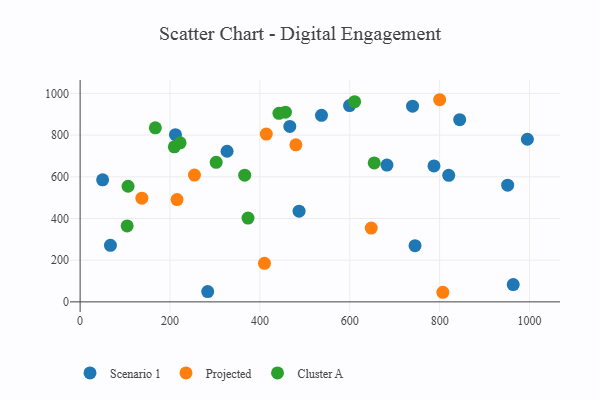
{"axis": {"x": "Distance", "y": "Profit"}, "legend": ["Cluster A", "Projected", "Scenario 1"], "data": [{"x": "820.2", "y": 607.0, "type": "Scenario 1"}, {"x": "466.6", "y": 841.4, "type": "Scenario 1"}, {"x": "50.1", "y": 585.5, "type": "Scenario 1"}, {"x": "787.4", "y": 651.9, "type": "Scenario 1"}, {"x": "599.5", "y": 941.6, "type": "Scenario 1"}, {"x": "283.9", "y": 49.2, "type": "Scenario 1"}, {"x": "951.3", "y": 559.6, "type": "Scenario 1"}, {"x": "487.2", "y": 434.8, "type": "Scenario 1"}, {"x": "682.7", "y": 656.1, "type": "Scenario 1"}, {"x": "67.5", "y": 271.1, "type": "Scenario 1"}, {"x": "537.1", "y": 894.8, "type": "Scenario 1"}, {"x": "327.0", "y": 722.3, "type": "Scenario 1"}, {"x": "739.7", "y": 938.8, "type": "Scenario 1"}, {"x": "212.2", "y": 801.8, "type": "Scenario 1"}, {"x": "995.2", "y": 779.9, "type": "Scenario 1"}, {"x": "745.2", "y": 269.4, "type": "Scenario 1"}, {"x": "844.6", "y": 873.6, "type": "Scenario 1"}, {"x": "963.7", "y": 82.9, "type": "Scenario 1"}, {"x": "215.7", "y": 490.5, "type": "Projected"}, {"x": "800.1", "y": 969.5, "type": "Projected"}, {"x": "647.8", "y": 354.1, "type": "Projected"}, {"x": "137.4", "y": 497.1, "type": "Projected"}, {"x": "480.1", "y": 753.2, "type": "Projected"}, {"x": "414.3", "y": 804.9, "type": "Projected"}, {"x": "254.4", "y": 608.0, "type": "Projected"}, {"x": "410.2", "y": 184.8, "type": "Projected"}, {"x": "807.1", "y": 46.0, "type": "Projected"}, {"x": "209.7", "y": 743.8, "type": "Cluster A"}, {"x": "222.4", "y": 762.7, "type": "Cluster A"}, {"x": "106.7", "y": 554.5, "type": "Cluster A"}, {"x": "456.8", "y": 909.7, "type": "Cluster A"}, {"x": "104.7", "y": 364.0, "type": "Cluster A"}, {"x": "442.4", "y": 904.3, "type": "Cluster A"}, {"x": "366.2", "y": 607.6, "type": "Cluster A"}, {"x": "167.4", "y": 834.5, "type": "Cluster A"}, {"x": "654.4", "y": 666.5, "type": "Cluster A"}, {"x": "302.8", "y": 669.5, "type": "Cluster A"}, {"x": "373.6", "y": 401.9, "type": "Cluster A"}, {"x": "610.8", "y": 960.3, "type": "Cluster A"}]}